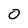
Character: 0